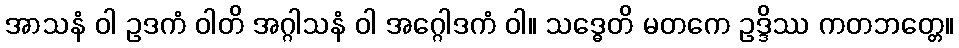
အာသနံ ဝါ ဥဒကံ ဝါတိ အဂ္ဂါသနံ ဝါ အဂ္ဂေါဒကံ ဝါ။ သဒ္ဓေတိ မတကေ ဥဒ္ဒိဿ ကတဘတ္တေ။